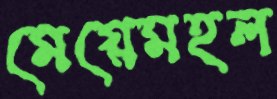
মেয়েমহল